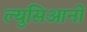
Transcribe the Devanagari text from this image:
ल्युसिआनो